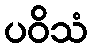
ပဝိသံ